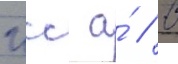
гсс а́ // В